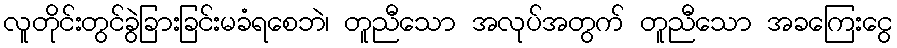
လူတိုင်းတွင်ခွဲခြားခြင်းမခံရစေဘဲ၊ တူညီသော အလုပ်အတွက် တူညီသော အခကြေးငွေ